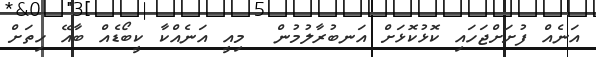
އަނެއް ފުށަށްޖަހައި ކޮޅުކޮޅަށް އަނބުރާލުމުން  މިއީ އަނެއްކާ ކީބޯޑެއް ބާއޭ ހިތަށް